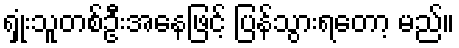
ရှုံးသူတစ်ဦးအနေဖြင့် ပြန်သွားရတော့ မည်။